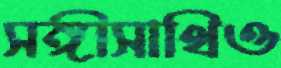
সঙ্গীসাথিও